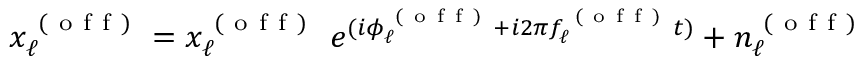
x _ { \ell } ^ { \mathrm { ~ ( ~ o ~ f ~ f ~ ) ~ } } = x _ { \ell } ^ { \mathrm { ~ ( ~ o ~ f ~ f ~ ) ~ } } \ e ^ { ( i \phi _ { \ell } ^ { \mathrm { ~ ( ~ o ~ f ~ f ~ ) ~ } } + i 2 \pi f _ { \ell } ^ { \mathrm { ~ ( ~ o ~ f ~ f ~ ) ~ } } t ) } + n _ { \ell } ^ { \mathrm { ~ ( ~ o ~ f ~ f ~ ) ~ } }